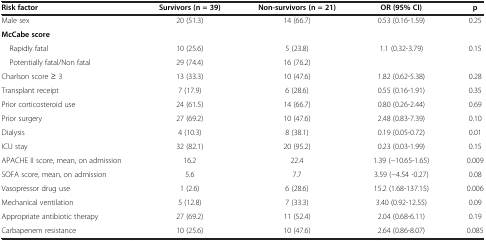
<table><thead><tr><td><b>Risk factor</b></td><td><b>Survivors (n = 39)</b></td><td><b>Non-survivors (n = 21)</b></td><td><b>OR (95% CI)</b></td><td><b>p</b></td></tr></thead><tbody><tr><td>Male sex</td><td>20 (51.3)</td><td>14 (66.7)</td><td>0.53 (0.16-1.59)</td><td>0.25</td></tr><tr><td><b>McCabe score</b></td><td> </td><td> </td><td> </td><td> </td></tr><tr><td> Rapidly fatal</td><td>10 (25.6)</td><td>5 (23.8)</td><td>1.1 (0.32-3.79)</td><td>0.15</td></tr><tr><td> Potentially fatal/Non fatal</td><td>29 (74.4)</td><td>16 (76.2)</td><td> </td><td> </td></tr><tr><td>Charlson score ≥ 3</td><td>13 (33.3)</td><td>10 (47.6)</td><td>1.82 (0.62-5.38)</td><td>0.28</td></tr><tr><td>Transplant receipt</td><td>7 (17.9)</td><td>6 (28.6)</td><td>0.55 (0.16-1.91)</td><td>0.35</td></tr><tr><td>Prior corticosteroid use</td><td>24 (61.5)</td><td>14 (66.7)</td><td>0.80 (0.26-2.44)</td><td>0.69</td></tr><tr><td>Prior surgery</td><td>27 (69.2)</td><td>10 (47.6)</td><td>2.48 (0.83-7.39)</td><td>0.10</td></tr><tr><td>Dialysis</td><td>4 (10.3)</td><td>8 (38.1)</td><td>0.19 (0.05-0.72)</td><td>0.01</td></tr><tr><td>ICU stay</td><td>32 (82.1)</td><td>20 (95.2)</td><td>0.23 (0.03-1.99)</td><td>0.15</td></tr><tr><td>APACHE II score, mean, on admission</td><td>16.2</td><td>22.4</td><td>1.39 (−10.65-1.65)</td><td>0.009</td></tr><tr><td>SOFA score, mean, on admission</td><td>5.6</td><td>7.7</td><td>3.59 (−4.54 -0.27)</td><td>0.08</td></tr><tr><td>Vasopressor drug use</td><td>1 (2.6)</td><td>6 (28.6)</td><td>15.2 (1.68-137.15)</td><td>0.006</td></tr><tr><td>Mechanical ventilation</td><td>5 (12.8)</td><td>7 (33.3)</td><td>3.40 (0.92-12.55)</td><td>0.09</td></tr><tr><td>Appropriate antibiotic therapy</td><td>27 (69.2)</td><td>11 (52.4)</td><td>2.04 (0.68-6.11)</td><td>0.19</td></tr><tr><td>Carbapenem resistance</td><td>10 (25.6)</td><td>10 (47.6)</td><td>2.64 (0.86-8.07)</td><td>0.085</td></tr></tbody></table>